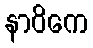
နာဝိကေ